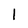
Character: l